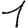
Digit: 1